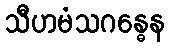
သီဟမံသဂန္ဓေန